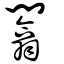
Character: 闟